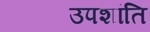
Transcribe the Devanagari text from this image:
उपशांति